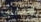
اليانصيب